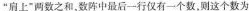
”肩上”两数之和，数阵中最后一行仅有一个数，则这个数为